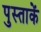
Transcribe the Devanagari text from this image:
पुस्ताकें